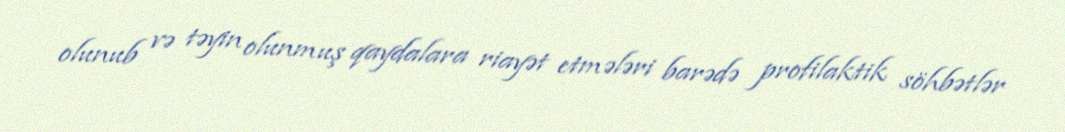
olunub və təyin olunmuş qaydalara riayət etmələri barədə profilaktik söhbətlər